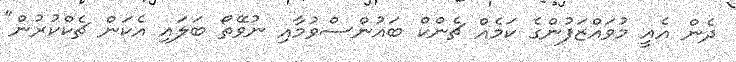
ދެން އެއީ މުވައްޒަފުންގެ ކަމެއް ޗެންކް ބައުންސްވުމާއި ނުވޭތޯ ބަލައި އެކަން ޗެކްކުރުން"